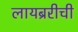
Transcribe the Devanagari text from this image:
लायब्ररीची